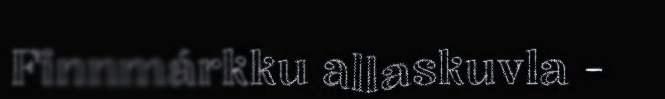
Finnmárkku allaskuvla -